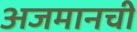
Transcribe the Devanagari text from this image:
अजमानची